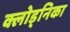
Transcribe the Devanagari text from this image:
क्लोड्निका